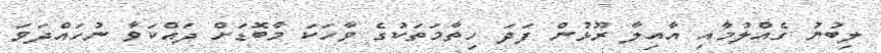
ލިބުނު ގެއްލުމާއި އާއިލާ ރޫޅުން ފަދަ ހިތާމަތަކުގެ ވާހަކަ މާބޮޑަށް ދައްކަވާ ނުހައްދަވަ